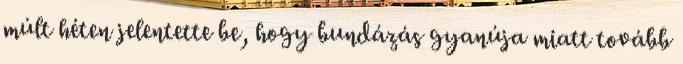
múlt héten jelentette be, hogy bundázás gyanúja miatt tovább